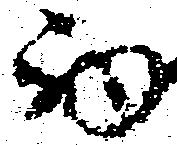
西